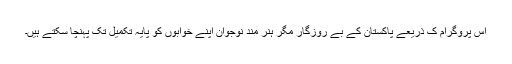
اس پروگرام ک ذریعے پاکستان کے بے روزگار مگر ہنر مند نوجوان اپنے خوابوں کو پایہ تکمیل تک پہنچا سکتے ہیں۔